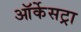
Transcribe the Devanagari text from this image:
ऑर्केसट्रा